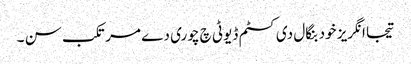
تیجا انگریز خود بنگال دی کسٹم ڈیوٹی چ چوری دے مرتکب سن ۔